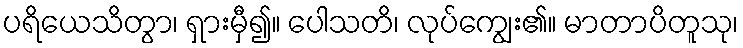
ပရိယေသိတွာ၊ ရှားမှီ၍။ ပေါသတိ၊ လုပ်ကျွေး၏။ မာတာပိတူသု၊